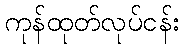
ကုန်ထုတ်လုပ်ငန်း